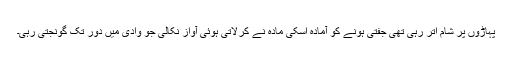
پہاڑوں پر شام اتر رہی تھی جفتی ہونے کو آمادہ اسکی مادہ نے کرلاتی ہوئی آواز نکالی جو وادی میں دور تک گونجتی رہی۔